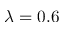
\lambda = 0 . 6